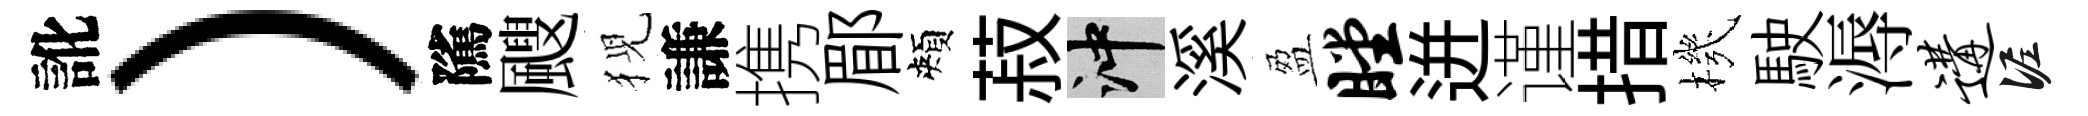
訛）隲颼猊謙携郿頰菽冲溪盈瞠迸谨措機駛溽遘泥